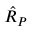
{ \hat { R } } _ { P }